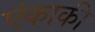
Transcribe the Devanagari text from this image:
एंकाकी